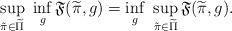
LaTeX: \begin{align*}\sup_{\tilde\pi\in\widetilde\Pi}\,\,\inf_{g} \mathfrak F(\widetilde\pi,g)= \inf_g\,\,\sup_{\tilde\pi\in\widetilde\Pi} \mathfrak F(\widetilde\pi,g).\end{align*}